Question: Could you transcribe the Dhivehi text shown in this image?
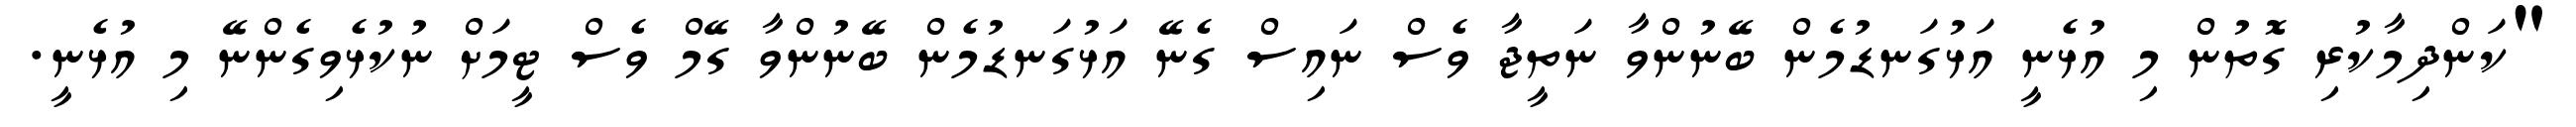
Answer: "ކަންދިމާކުރި ގޮތުން މި އުޅެނީ އަޅުގަނޑުމެން ބޭނުންވާ ނަތީޖާ ވެސް ނައިސް ގެނޭ އަޅުގަނޑުމެން ބޭނުންވާ ގޭމް ވެސް ޓީމަށް ނުކުޅެވިގެންނޭ މި އުޅެނީ.